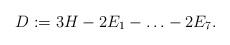
LaTeX: \begin{align*}D:=3H-2E_1-\ldots-2E_7.\end{align*}